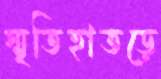
স্মৃতিহাতড়ে